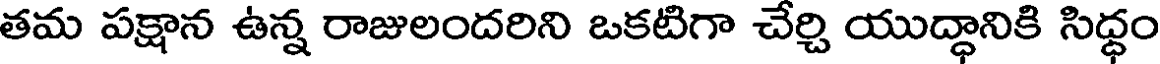
తమ పక్షాన ఉన్న రాజులందరిని ఒకటిగా చేర్చి యుద్ధానికి సిద్ధం